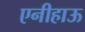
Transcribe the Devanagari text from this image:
एनीहाऊ